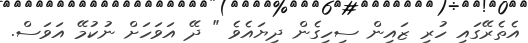
އެތެރޭގައި ހުރި ޒައިން ސިހިގެން ދިޔައެވެ " ދޭ އަވަހަށް ނުކުމޭ އަވަސް.